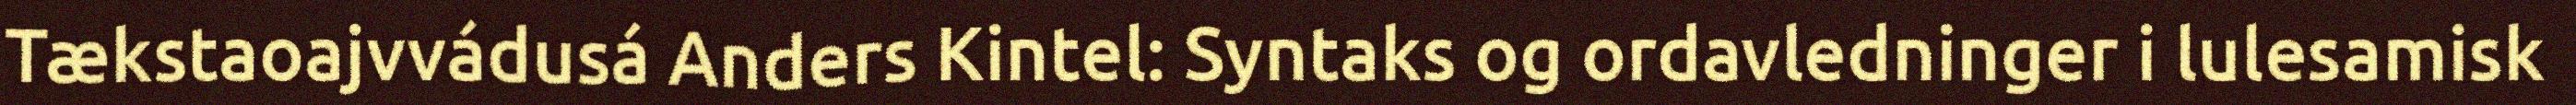
Tækstaoajvvádusá Anders Kintel: Syntaks og ordavledninger i lulesamisk